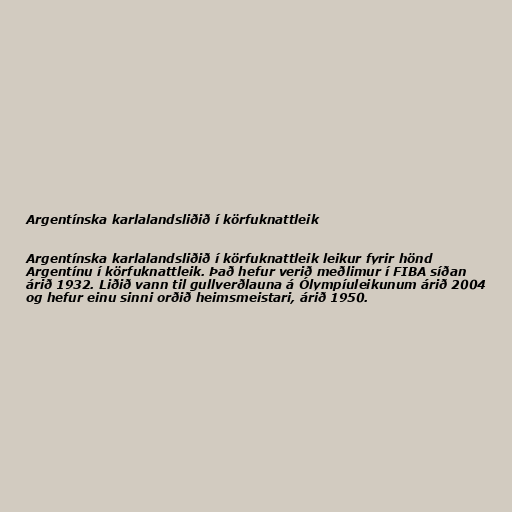
Argentínska karlalandsliðið í körfuknattleik

Argentínska karlalandsliðið í körfuknattleik leikur fyrir hönd
Argentínu í körfuknattleik. Það hefur verið meðlimur í FIBA síðan
árið 1932. Liðið vann til gullverðlauna á Ólympíuleikunum árið 2004
og hefur einu sinni orðið heimsmeistari, árið 1950.